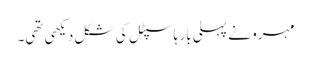
مہرو نے پہلی بار ہاسپٹل کی شکل دیکھی تھی۔